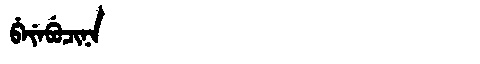
Manchu: ᠪᡝᠶᡝᠪᡠᠴᡳᠨᠠ
Romanization: BEYEBUCINA